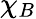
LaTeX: \chi_{B}